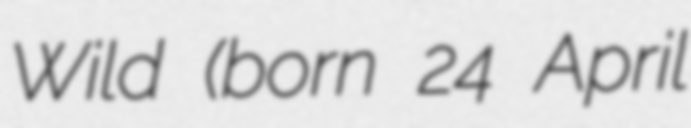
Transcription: Wild (born 24 April